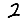
Digit: 2